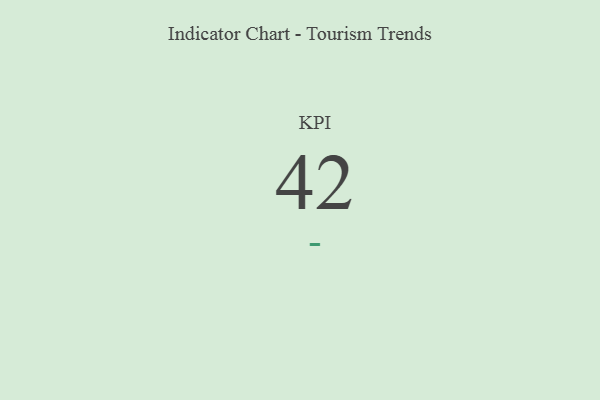
{"axis": {"x": "KPI", "y": "Value"}, "legend": [""], "data": [{"x": "KPI", "y": 42, "type": ""}]}